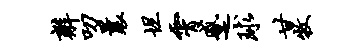
辫叨曩坦霄蹙球甘牧